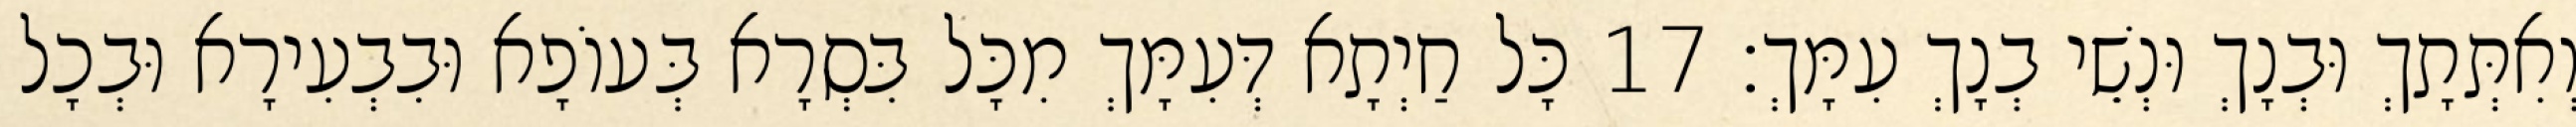
וְאִתְּתָךְ וּבְנָךְ וּנְשֵׁי בְנָךְ עִמָּךְ׃ 17 כָּל חַיְתָא דְּעִמָּךְ מִכָּל בִּסְרָא בְּעוֹפָא וּבִבְעִירָא וּבְכָל